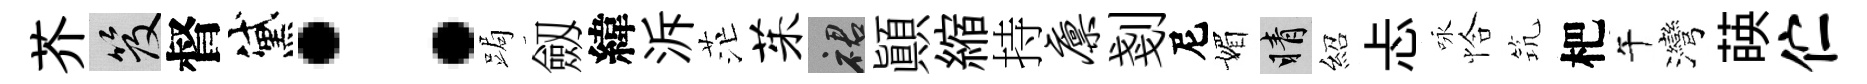
芥笈督黛：跼劔緯泝茫茱裙顚縮持廪剗尼媚睛紹忐咏恰𥬑杷午灣𦴤伫